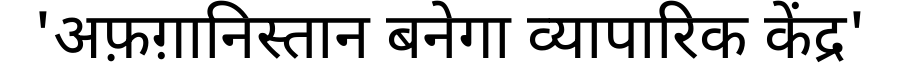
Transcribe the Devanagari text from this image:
'अफ़ग़ानिस्तान बनेगा व्यापारिक केंद्र'